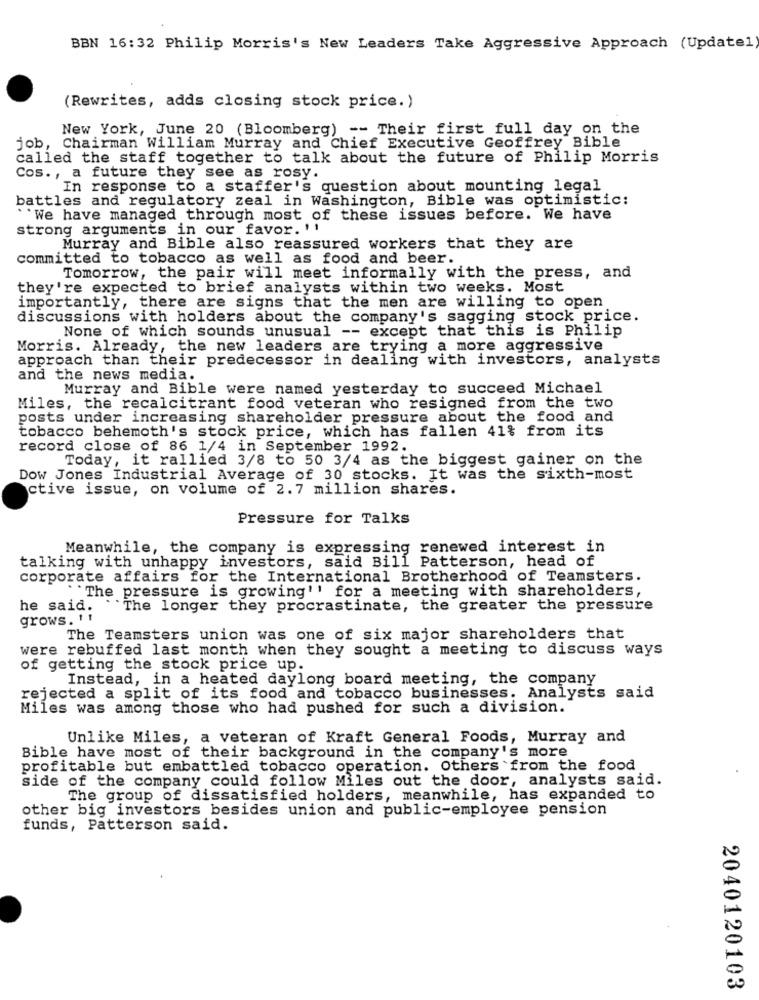
BBN 16:32 Philip Morris's New Leaders Take Aggressive Approach (Update1
(Rewrites, adds closing stock price.)
New York, June 20 (Bloomberg) -- Their first full day on the
job, Chairman William Murray and Chief Executive Geoffrey Bible
called the staff together to talk about the future of Philip Morris
Cos ., a future they see as rosy.
In response to a staffer's question about mounting legal
battles and regulatory zeal in Washington, Bible was optimistic:
``We have managed through most of these issues before. We have
strong arguments in our favor. 11
Murray and Bible also reassured workers that they are
committed to tobacco as well as food and beer.
Tomorrow, the pair will meet informally with the press, and
they're expected to brief analysts within two weeks. Most
importantly, there are signs that the men are willing to open
discussions with holders about the company's sagging stock price.
None of which sounds unusual -- except that this is Philip
Morris. Already, the new leaders are trying a more aggressive
approach than their predecessor in dealing with investors, analysts
and the news media.
Murray and Bible were named yesterday to succeed Michael
Miles, the recalcitrant food veteran who resigned from the two
posts under increasing shareholder pressure about the food and
tobacco behemoth's stock price, which has fallen 41% from its
record close of 86 1/4 in September 1992.
Today, it rallied 3/8 to 50 3/4 as the biggest gainer on the
Dow Jones Industrial Average of 30 stocks. It was the sixth-most
ctive issue, on volume of 2.7 million shares.
Pressure for Talks
Meanwhile, the company is expressing renewed interest in
talking with unhappy investors, said Bill Patterson, head of
corporate affairs for the International Brotherhood of Teamsters.
"The pressure is growing'' for a meeting with shareholders,
he said.
``The longer they procrastinate, the greater the pressure
grows. 11
The Teamsters union was one of six major shareholders that
were rebuffed last month when they sought a meeting to discuss ways
of getting the stock price up.
Instead, in a heated daylong board meeting, the company
rejected a split of its food and tobacco businesses. Analysts said
Miles was among those who had pushed for such a division.
Unlike Miles, a veteran of Kraft General Foods, Murray and
Bible have most of their background in the company's more
profitable but embattled tobacco operation. Others from the food
side of the company could follow Miles out the door, analysts said.
The group of dissatisfied holders, meanwhile, has expanded to
other big investors besides union and public-employee pension
funds, Patterson said.
2040120103